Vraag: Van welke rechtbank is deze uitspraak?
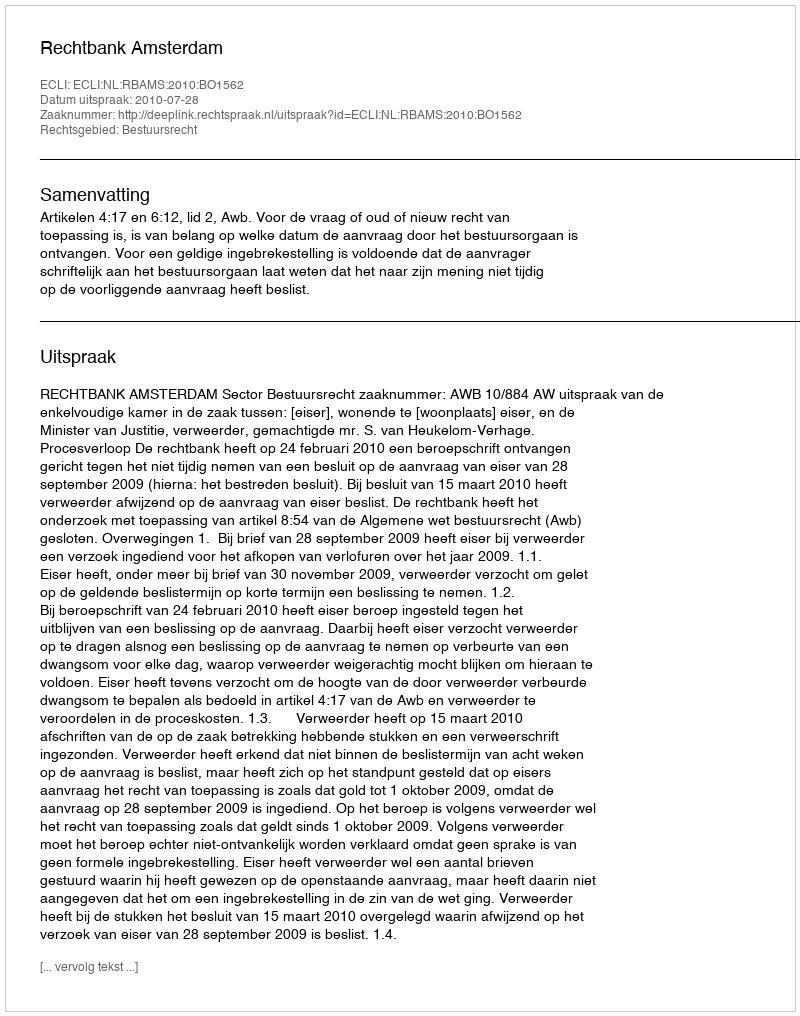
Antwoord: Rechtbank Amsterdam